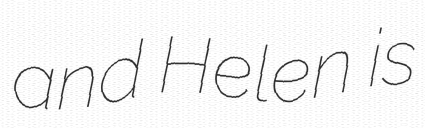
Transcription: and Helen is